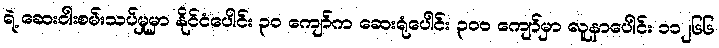
ရဲ့ ဆေးဝါးစမ်းသပ်မှုမှာ နိုင်ငံပေါင်း ၃၀ ကျော်က ဆေးရုံပေါင်း ၃၀၀ ကျော်မှာ လူနာပေါင်း ၁၁၂၆၆